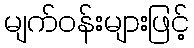
မျက်ဝန်းများဖြင့်